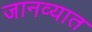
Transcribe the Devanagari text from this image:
जानव्यात